Annual statistical returns and brief notes on vaccination in Bengal - 1909-1929
Year: 1909
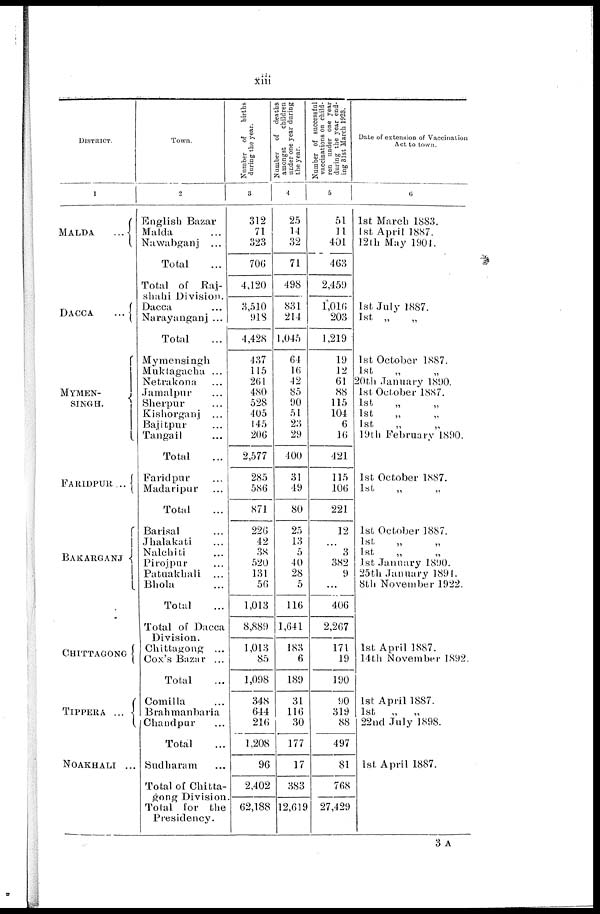
xiii
DISTRICT.
1
MALDA
...
DACCA
...
MYMEN-
SINGH.
FARIDPUR ...
BAKARGANJ
CHITTAGONG
TIPPERA
...
NOAKHALI ...
Town.
2
English Bazar
Malda ...
Nawabganj
...
Total ...
Total of Raj-
shahi Division.
Dacca ...
Narayanganj ...
Total ...
Mymensingh
Muktagacha ...
Netrakona ...
Jamalpur ...
Sherpur ...
Kishorganj
...
Bajitpur ...
Tangail ...
Total ...
Faridpur ...
Madaripur ...
Total ...
Barisal ...
Jhalakati ...
Nalchiti ...
Pirojpur ...
Patuakhali
...
Bhola ...
Total ...
Total of Dacca
Division.
Chittagong ...
Cox's Bazar ...
Total ...
Comilla ...
Brahmanbaria
Chandpur ...
Total ...
Sudharam ...
Total of Chitta-
gong Division.
Total for the
Presidency.
Number of
births
during the year.
3
312
71
323
706
4,120
3,510
913
4,428
437
115
261
480
528
405
145
206
2,577
285
586
871
226
42
38
520
131
56
1,013
8,889
1,013
85
1,098
348
644
216
1,208
96
2,402
62,188
Number of deaths
amongst
children
under one year during
the year.
4
25
14
32
71
498
831
214
1,045
64
16
42
85
90
51
23
29
400
31
49
80
25
13
5
40
28
5
116
1,641
183
6
189
31
116
30
177
17
383
12,619
Number of successful
vaccinations on child-
ren under one year
during the year end-
ing 31st March 1923.
5
51
11
401
463
2,459
1,016
203
1,219
19
12
61
88
115
104
6
16
421
115
106
221
12
...
3
382
9
...
406
2,267
171
19
190
90
319
88
497
81
768
27,429
Date of extension of Vaccination
Act to town.
6
1st March 1883.
1st April 1887.
12th May 1904.
1st July 1887.
1st „ „
1st October 1887.
1st „ „
20th January 1890.
1st October 1887.
1st
„
„
1st
„
„
1st „ „
19th February 1890.
1st October 1887.
1st
„ „
1st October 1887.
1st
„ „
1st „ „
1st January 1890.
25th January 1891.
8th November 1922.
1st April 1887.
14th November 1892.
1st April 1887.
1st
„
„
22nd July 1898.
1st April 1887.
3 A